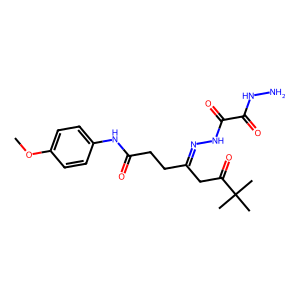
SMILES: COc1ccc(NC(=O)CCC(CC(=O)C(C)(C)C)=NNC(=O)C(=O)NN)cc1
Inhibits HIV replication: No